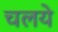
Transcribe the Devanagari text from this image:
चलये